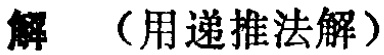
解 （用递推法解）